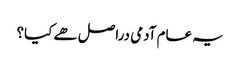
یہ عام آدمی دراصل ھے کیا؟